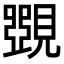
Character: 𧡸